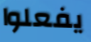
يفعلوا